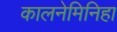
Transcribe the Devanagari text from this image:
कालनेमिनिहा